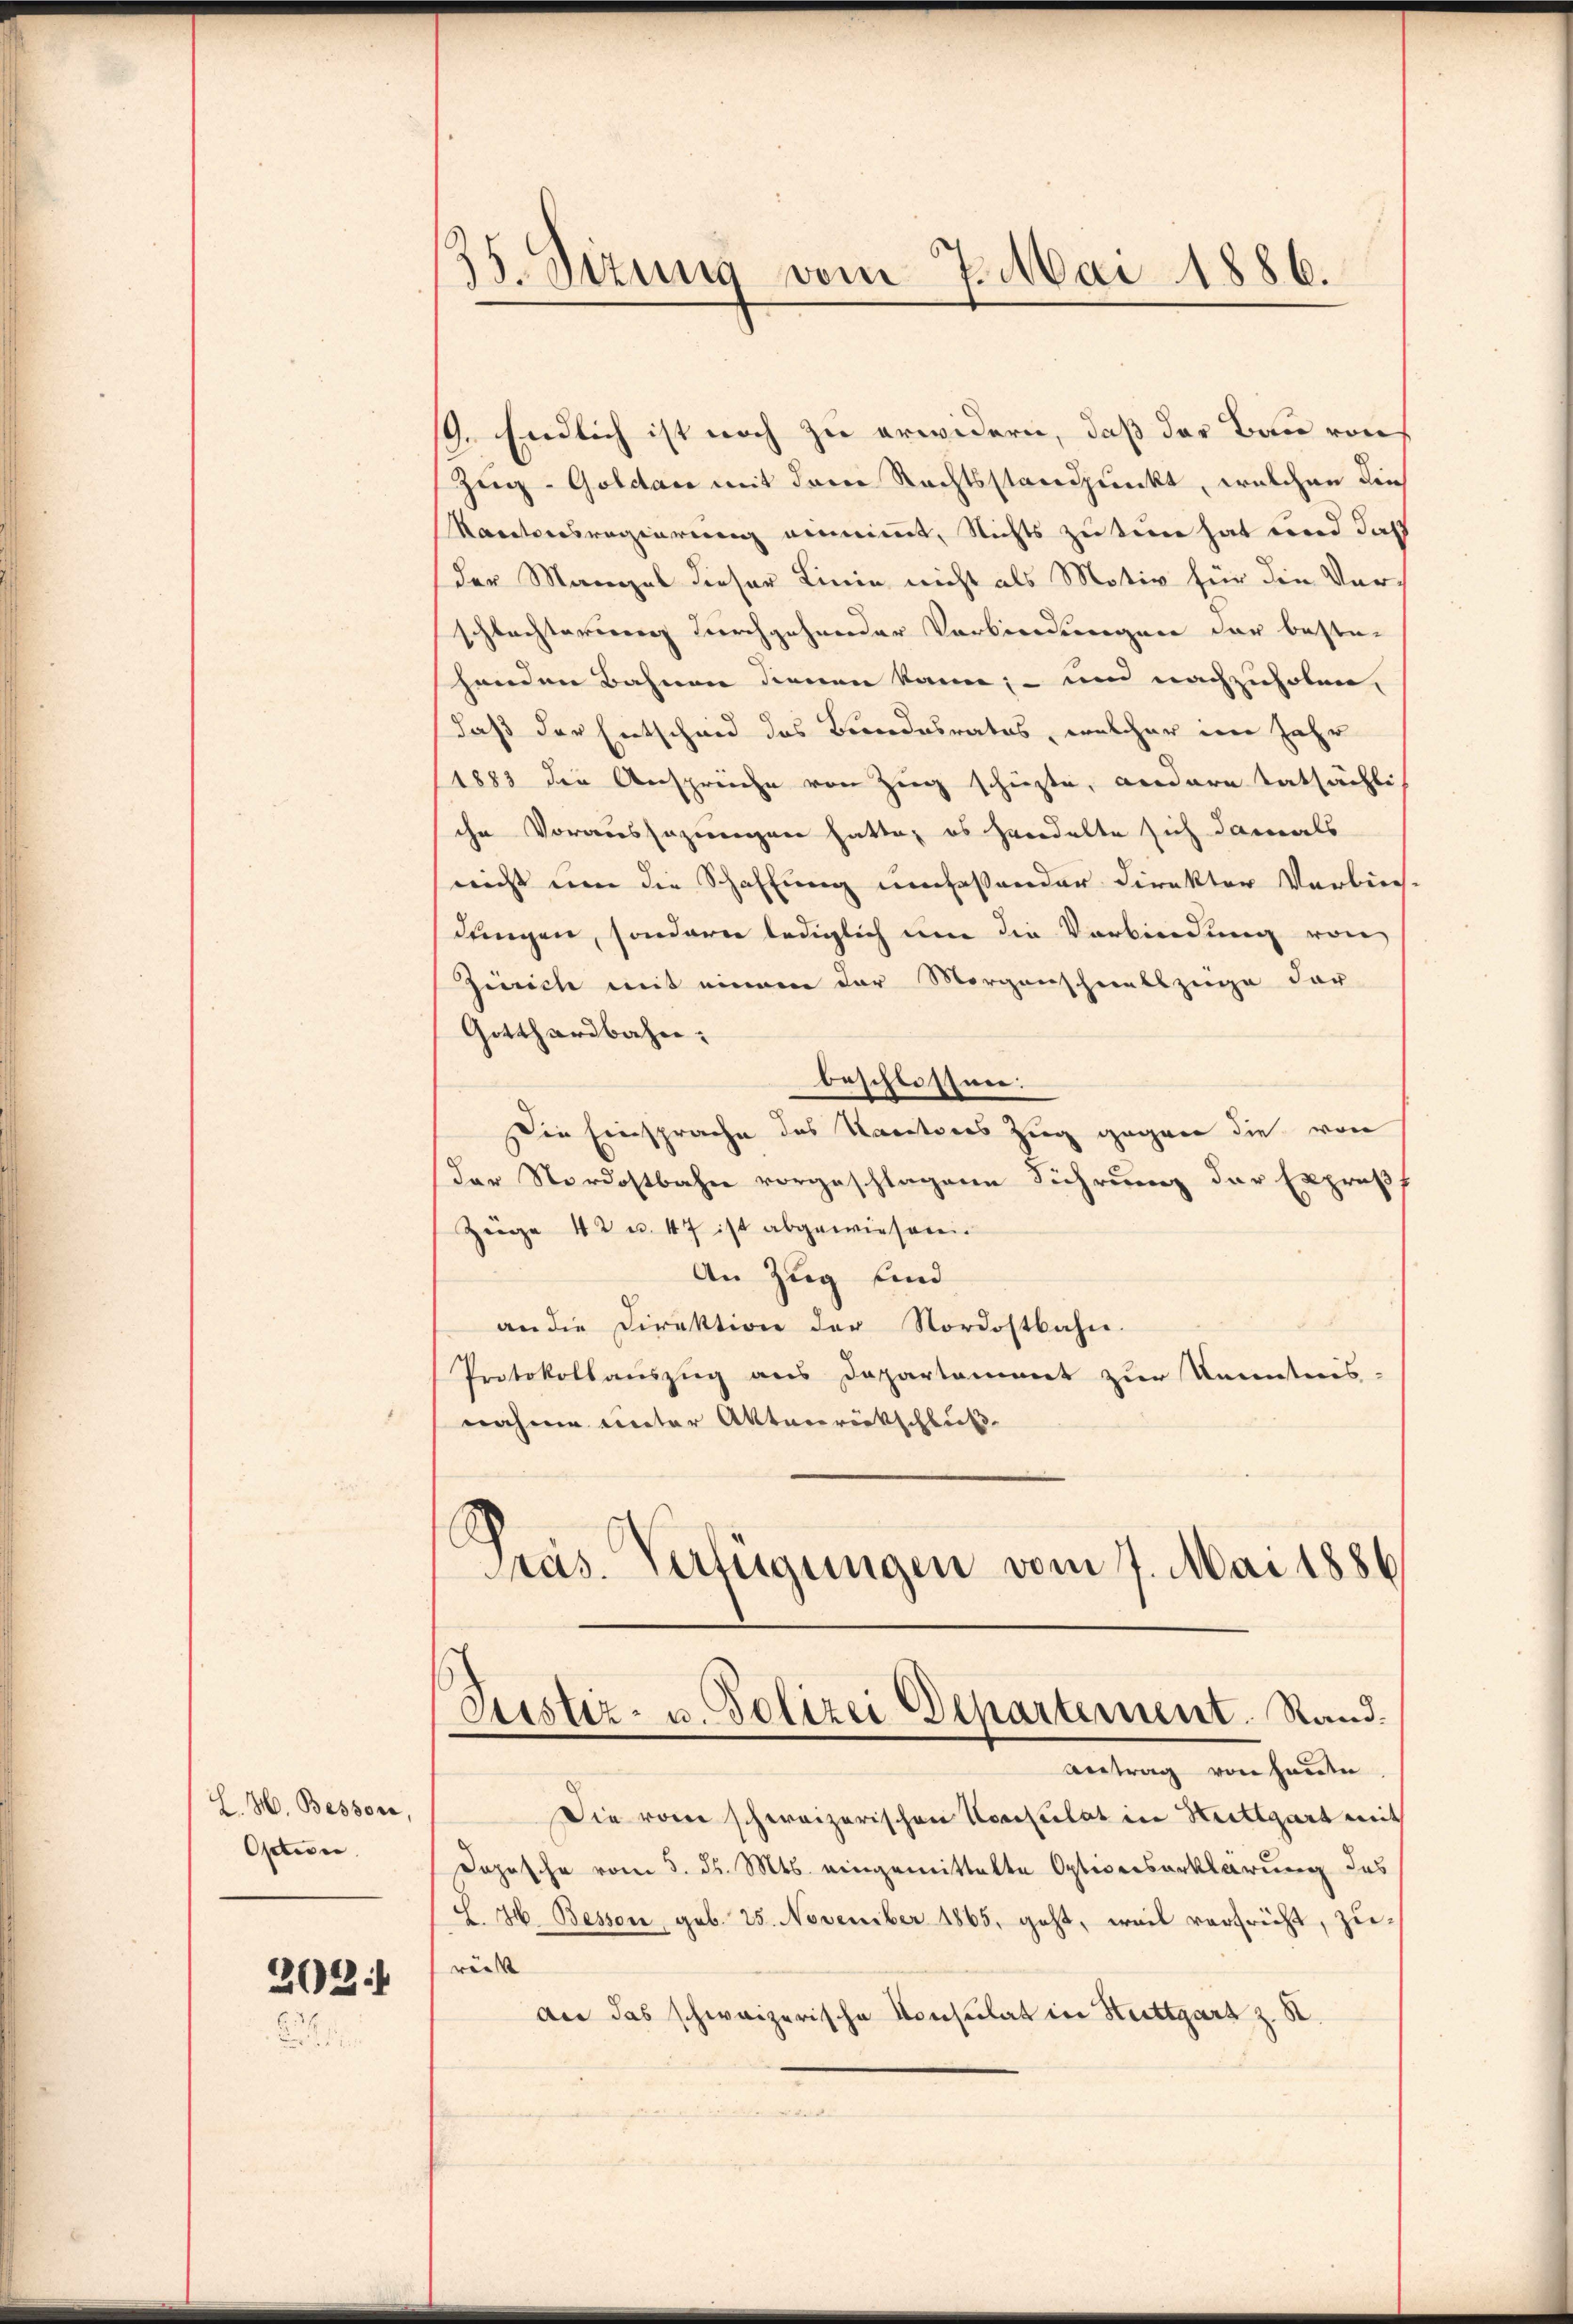
L. H. Bessore,
Option
202

19. Endlich ist noch zu erwidern, daß des Bau von
Zug–Goldau mit dem Rechtsstandpunkt, welchen die
Kantonsregierung einnimmt, Nichts zu tren hat und daß
der Mangel dieser Linie nicht als Motiv für die Verschlachterung durchgehender Vorbierssegnen der bestehenden Bahnen dienen kann; - und nachzuholen,
daß der Entscheid des Bundesrates, welcher im Jahr
1883 die Anspreche von Zug schiehte, andere tatsächlich
ihr Voraussazwungen hatte, es handelte sich damals
nicht um die Schaffung umfassender Direkter Verbin-
dungen, sondern lediglich um die Verbindung von
Zürich mit einem der Morgenschnellzüge der
Gotthardbahn.
beschlossen:
Die Einsprache des Kantons Zug gegen die von
Der Nordostbahn vorgeschlagene Führung der Expropf
Züge 42 u. 47 ist abgewieseren
An Zug sind
an die Direktion der Nordostbahn.
Protokollauszug aus Departament zur Kenntnis-
nahme unter Aktenrückschluß
Präs. Verfügungen vom 7. Mai 1886

35. Dezung vom 7. Mai 1886.

Justiz- u. Polizei Departement. Rand.

Antrag von heute
Die vom schweizerischen Konsulat in Kuttgart mit
Dopische vom 5. d. Mts. eingemittelte Optionserklärung des
L. H. Bessen, geb. 25. November 1865, geht, weil verfricht, zierünst
der das schweizerische Konsulat in Hettgart z. B.
Me